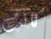
كانت